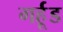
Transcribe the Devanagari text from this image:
गर्हूड